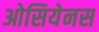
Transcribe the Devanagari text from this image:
ओसियेनस